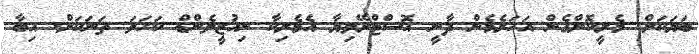
ބަޔަކަށް. މެރީކޮށްގެން އަހަރެމެން ދާނީ އޮސްޓްރޭލިޔާ އެމެރިކާ ނިއުޒީލެންޑް ކަހަލަ ތަނަކަށް. އިބާ